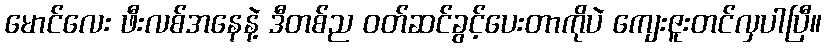
မောင်လေး ဖီးလစ်အနေနဲ့ ဒီတစ်ည ဝတ်ဆင်ခွင့်ပေးတာကိုပဲ ကျေးဇူးတင်လှပါပြီ။